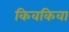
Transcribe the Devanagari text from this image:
किवकिवा